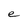
Character: e